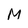
Character: M